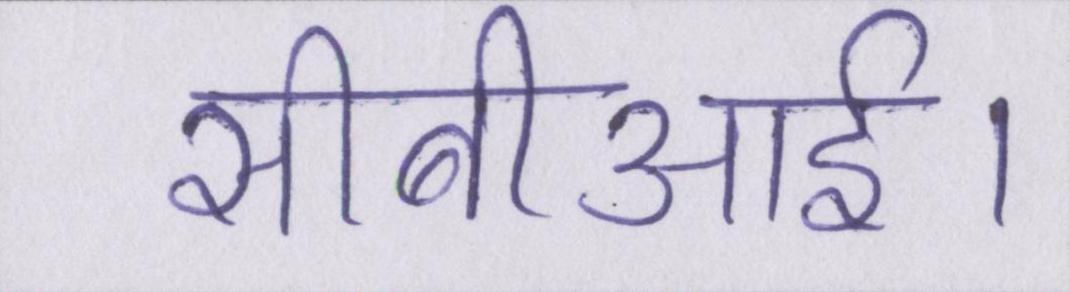
सीबीआई।